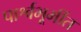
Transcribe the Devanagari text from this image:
पार्श्वभूमींत